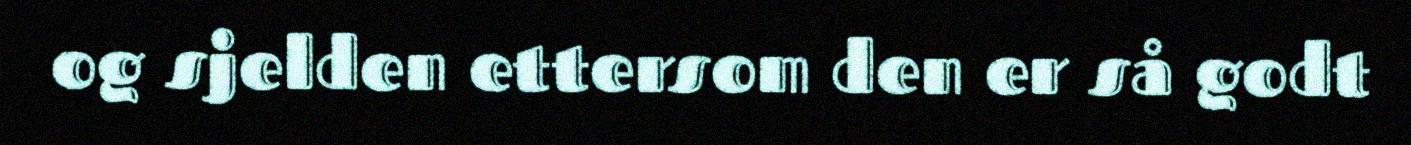
og sjelden ettersom den er så godt